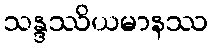
သန္ဒဿိယမာနဿ